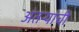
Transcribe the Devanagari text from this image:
अंतऱ्यांची